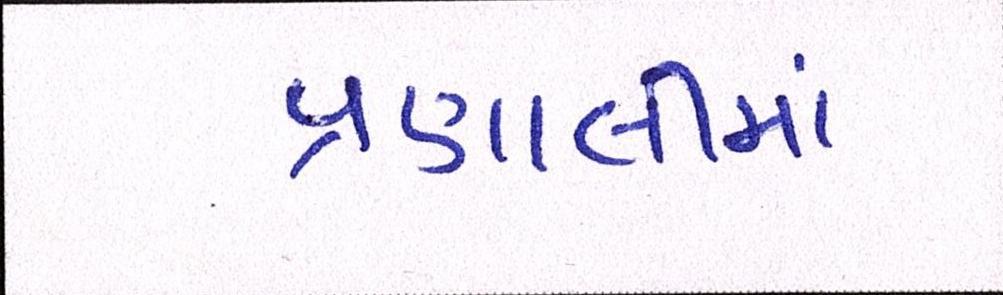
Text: પ્રણાલીમાં